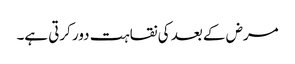
مرض کے بعد کی نقاہت دور کرتی ہے۔